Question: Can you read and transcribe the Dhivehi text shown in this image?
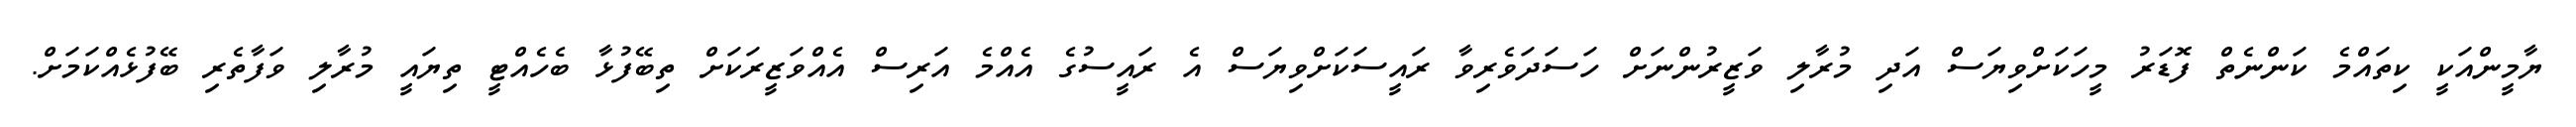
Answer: ޔާމީންއަކީ ކިތައްމެ ކަންނެތް ފޮޑަރު މީހަކަށްވިޔަސް އަދި މުރާލި ވަޒީރުންނަށް ހަސަދަވެރިވާ ރައީސަކަށްވިޔަސް އެ ރައީސުގެ އެއްމެ އަރިސް އެއްވަޒީރަކަށް ތިބޭފުޅާ ބެހެއްޓީ ތިޔައީ މުރާލި ވަފާތެރި ބޭފުޅެއްކަމަށް.